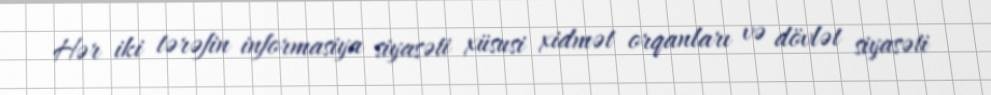
Hər iki tərəfin informasiya siyasəti xüsusi xidmət orqanları və dövlət siyasəti